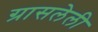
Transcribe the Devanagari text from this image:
ग्रासलेली